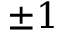
\pm 1